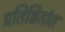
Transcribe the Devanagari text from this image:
प्रतिष्ठितांत